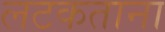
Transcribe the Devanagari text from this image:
लटकताना